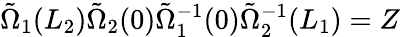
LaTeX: \tilde{\Omega}_{1}(L_{2})\tilde{\Omega}_{2}(0)\tilde{\Omega}_{1}^{-1}(0)\tilde{\Omega}_{2}^{-1}(L_{1})=Z